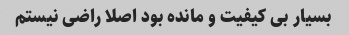
بسیار بی کیفیت و مانده بود اصلا راضی نیستم